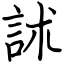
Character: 訹